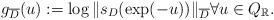
LaTeX: \begin{align*} g_{\overline{D}}(u):=\log \|s_D(\exp(-u)) \|_{\overline{D}}\forall u\in Q_\mathbb{R}. \end{align*}